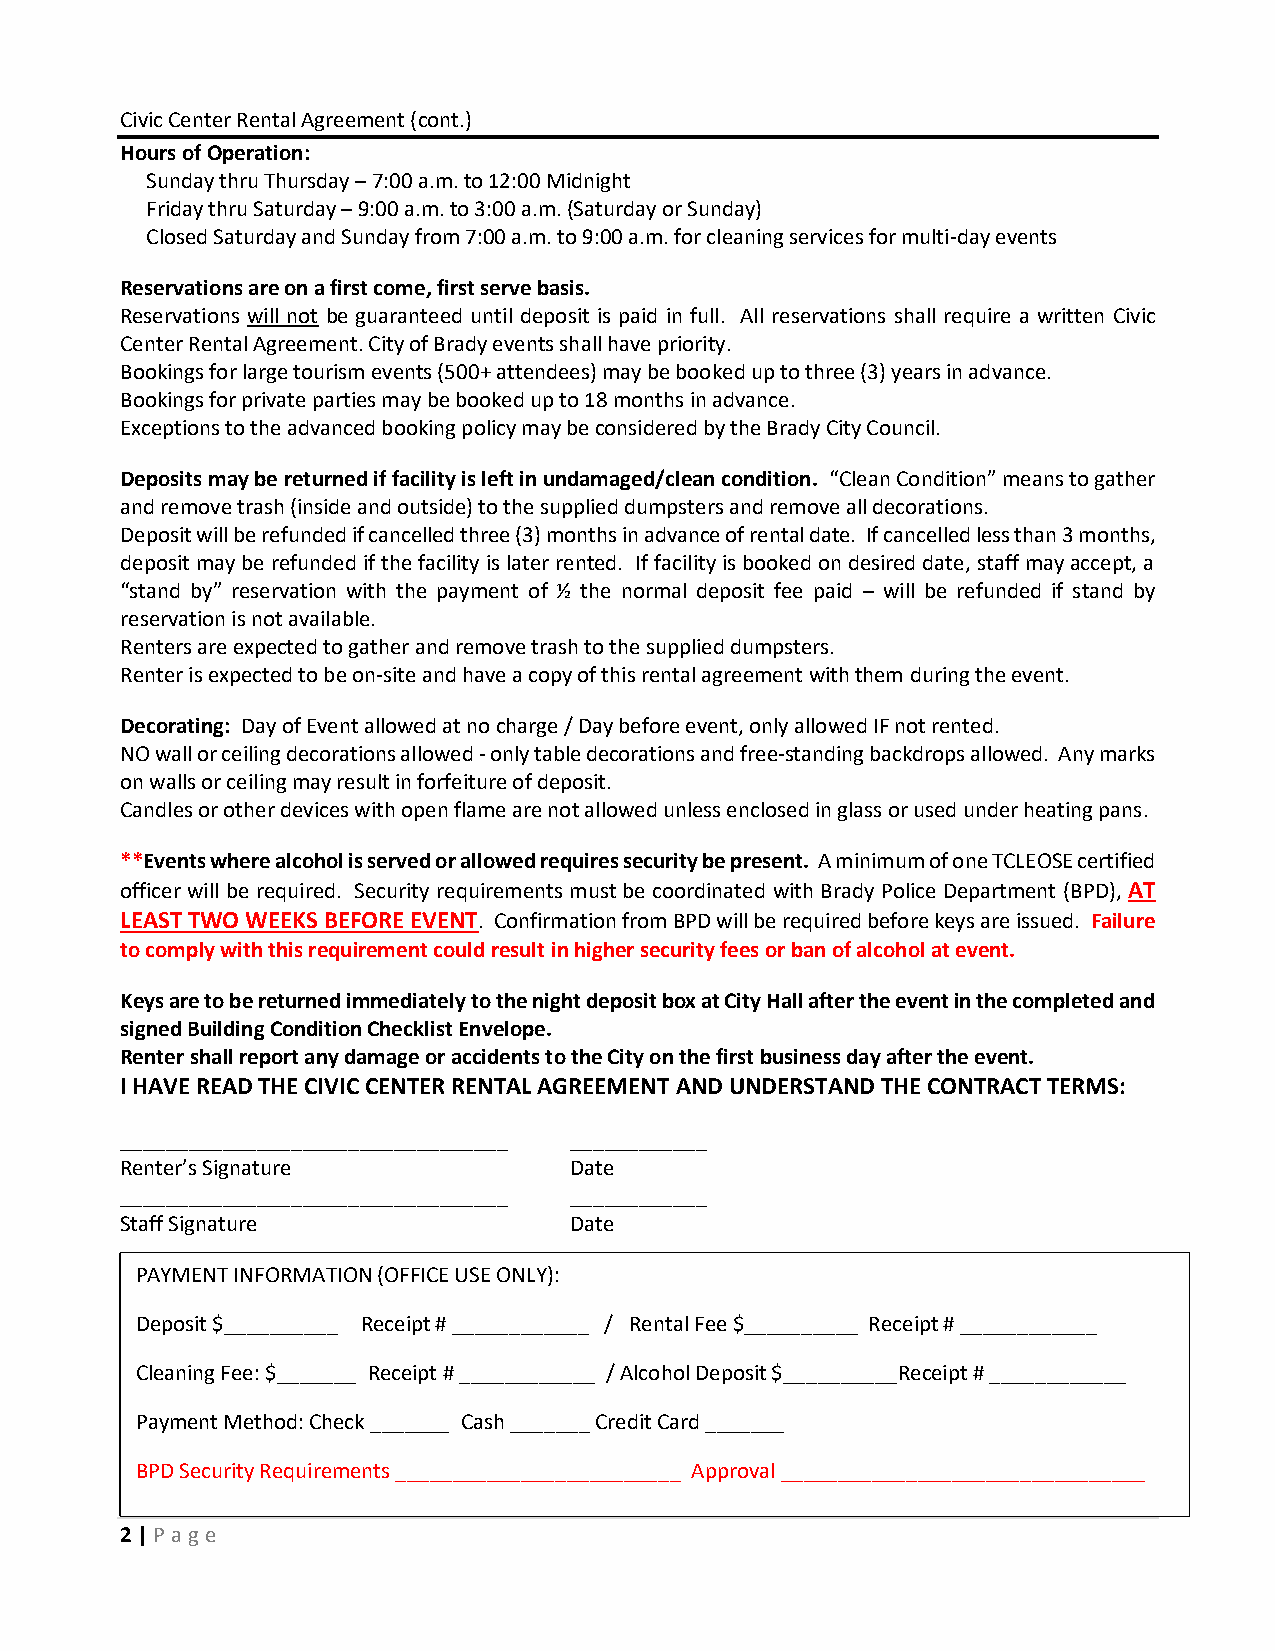
Civic Center Rental Agreement (cont.)
 Hours of Operation:
 Sunday thru Thursday – 7:00 a.m. to 12:00 Midnight
 Friday thru Saturday – 9:00 a.m. to 3:00 a.m. (Saturday or Sunday)
 Closed Saturday and Sunday from 7:00 a.m. to 9:00 a.m. for cleaning services for multi-day events
 Reservations are on a first come, first serve basis.
 Reservations will not be guaranteed until deposit is paid in full. All reservations shall require a written Civic
 Center Rental Agreement. City of Brady events shall have priority.
 Bookings for large tourism events (500+ attendees) may be booked up to three (3) years in advance.
 Bookings for private parties may be booked up to 18 months in advance.
 Exceptions to the advanced booking policy may be considered by the Brady City Council.
 Deposits may be returned if facility is left in undamaged/clean condition. “Clean Condition” means to gather
 and remove trash (inside and outside) to the supplied dumpsters and remove all decorations.
 Deposit will be refunded if cancelled three (3) months in advance of rental date. If cancelled less than 3 months,
 deposit may be refunded if the facility is later rented. If facility is booked on desired date, staff may accept, a
 “stand by” reservation with the payment of ½ the normal deposit fee paid – will be refunded if stand by
 reservation is not available.
 Renters are expected to gather and remove trash to the supplied dumpsters.
 Renter is expected to be on-site and have a copy of this rental agreement with them during the event.
 Decorating: Day of Event allowed at no charge / Day before event, only allowed IF not rented.
 NO wall or ceiling decorations allowed - only table decorations and free-standing backdrops allowed. Any marks
 on walls or ceiling may result in forfeiture of deposit.
 Candles or other devices with open flame are not allowed unless enclosed in glass or used under heating pans.
 **Events where alcohol is served or allowed requires security be present. A minimum of one TCLEOSE certified
 officer will be required. Security requirements must be coordinated with Brady Police Department (BPD), AT
 LEAST TWO WEEKS BEFORE EVENT. Confirmation from BPD will be required before keys are issued. Failure
 to comply with this requirement could result in higher security fees or ban of alcohol at event.
 Keys are to be returned immediately to the night deposit box at City Hall after the event in the completed and
 signed Building Condition Checklist Envelope.
 Renter shall report any damage or accidents to the City on the first business day after the event.
 I HAVE READ THE CIVIC CENTER RENTAL AGREEMENT AND UNDERSTAND THE CONTRACT TERMS:
 __________________________________ ____________
 Renter’s Signature            Date
 __________________________________ ____________
 Staff Signature               Date
 PAYMENT INFORMATION (OFFICE USE ONLY):
 Deposit $__________ Receipt # ____________ / Rental Fee $__________ Receipt # ____________
 Cleaning Fee: $_______ Receipt # ____________ / Alcohol Deposit $__________Receipt # ____________
 Payment Method: Check _______ Cash _______ Credit Card _______
 BPD Security Requirements _________________________ Approval ________________________________
 2 | P age